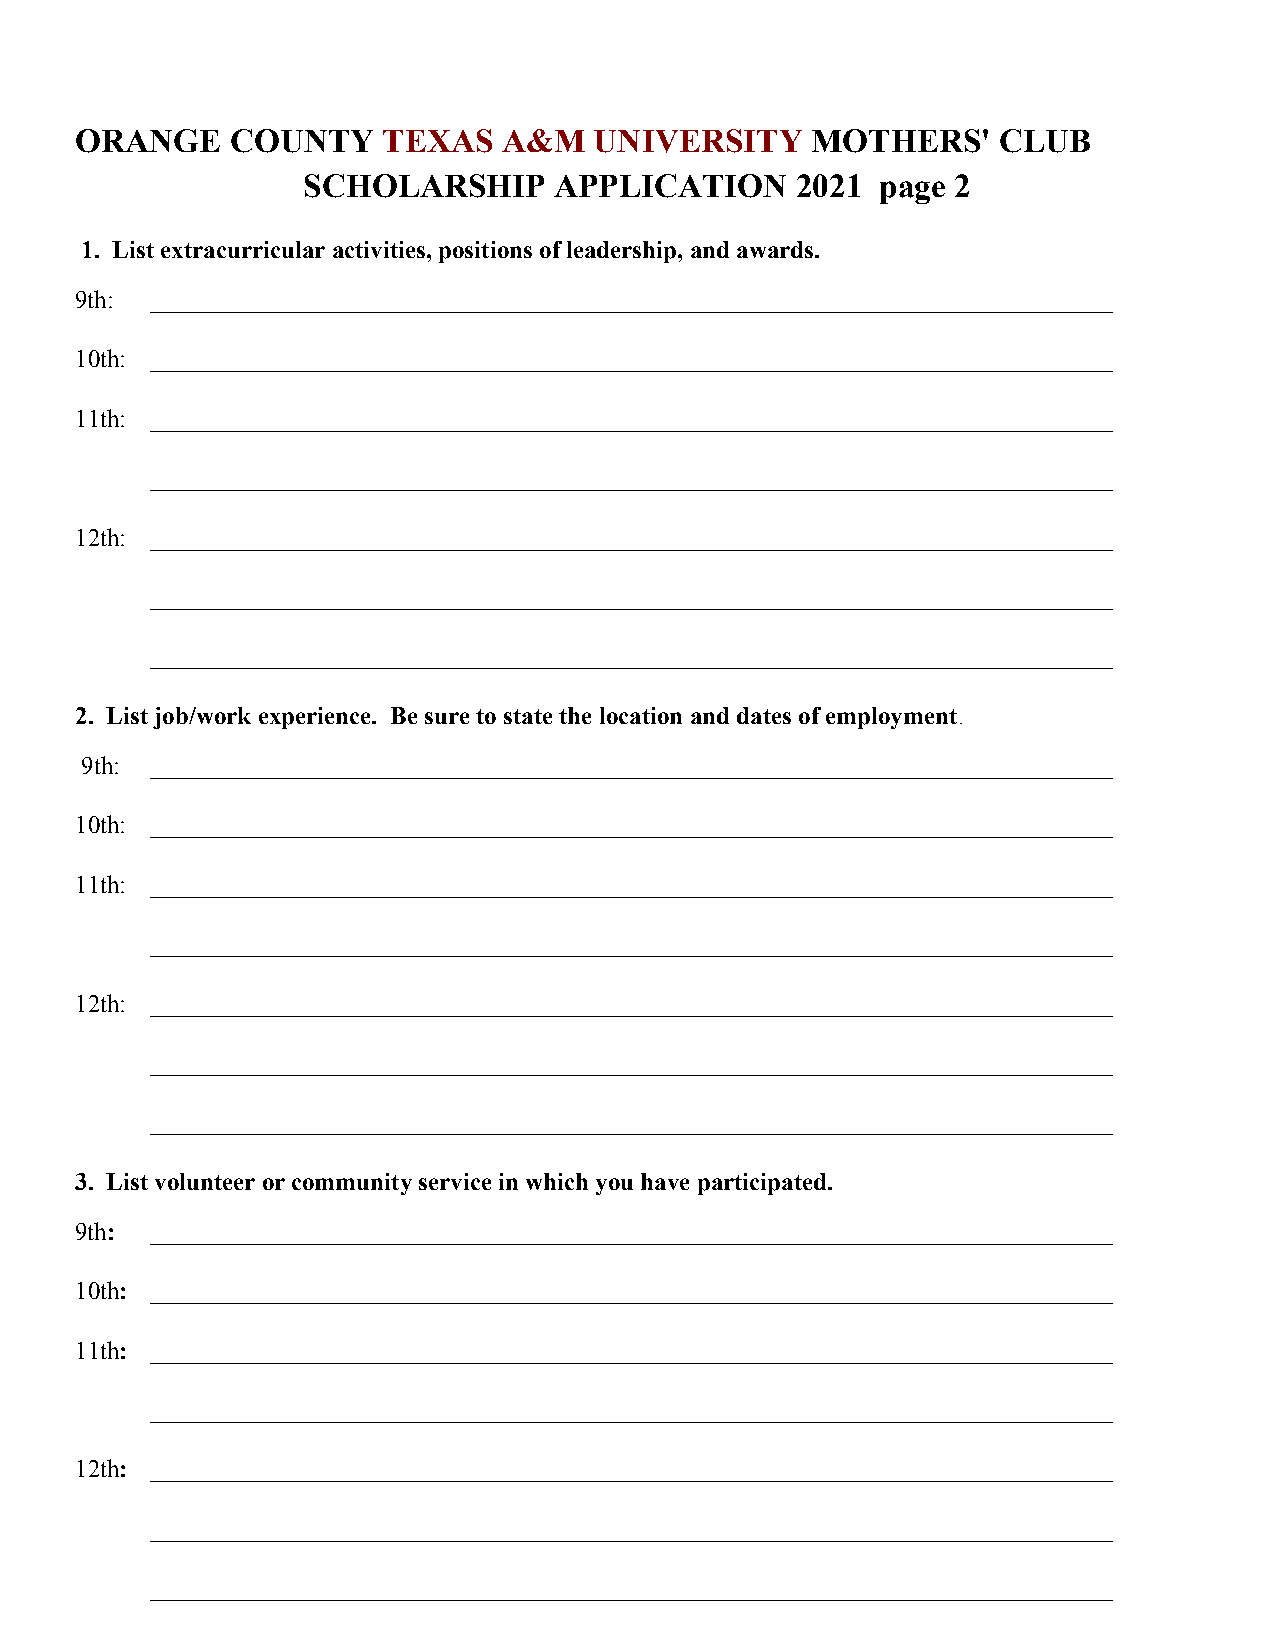
ORANGE    COUNTY    TEXAS   A&M   UNIVERSITY     MOTHERS'    CLUB
 ​                           ​ ​
 SCHOLARSHIP      APPLICATION     2021 page 2
 1. List extracurricular activities, positions of leadership, and awards.
 ​
 9th: _____________________________________________________________________________
 10th: _____________________________________________________________________________
 11th: _____________________________________________________________________________
 _____________________________________________________________________________
 12th: _____________________________________________________________________________
 _____________________________________________________________________________
 _____________________________________________________________________________
 2. List job/work experience. Be sure to state the location and dates of employment.
 ​
 9th: _____________________________________________________________________________
 10th: _____________________________________________________________________________
 11th: _____________________________________________________________________________
 _____________________________________________________________________________
 12th: _____________________________________________________________________________
 _____________________________________________________________________________
 _____________________________________________________________________________
 3. List volunteer or community service in which you have participated.
 9th: _____________________________________________________________________________
 ​
 10th: _____________________________________________________________________________
 ​
 11th: _____________________________________________________________________________
 ​
 _____________________________________________________________________________
 12th: _____________________________________________________________________________
 ​
 _____________________________________________________________________________
 _____________________________________________________________________________